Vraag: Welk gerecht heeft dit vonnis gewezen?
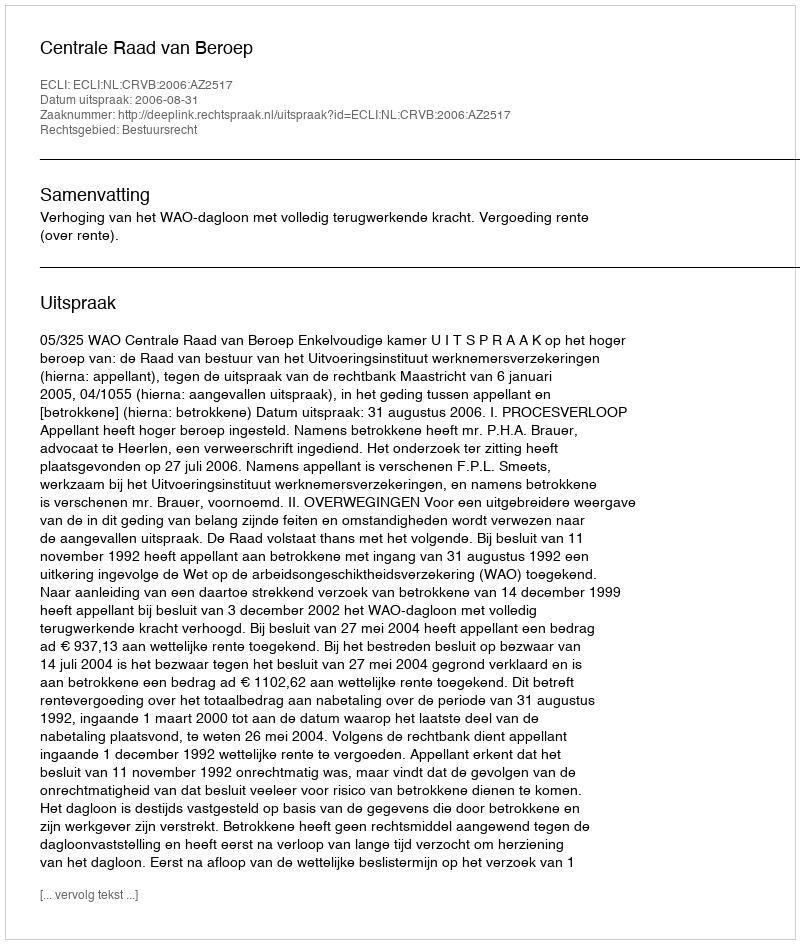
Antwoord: Centrale Raad van Beroep